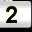
Digit: 2